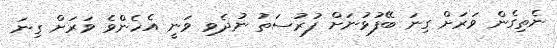
ނެތިގެން ވަރަށް ގިނަ ބޭފުޅުނަށް ފުރުސަތު ނުދެވި ވަނީ އެހެންވެ ވަރަށް ގިނަ